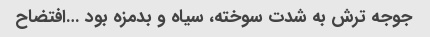
جوجه ترش به شدت سوخته، سیاه و بدمزه بود …افتضاح